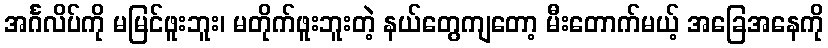
အင်္ဂလိပ်ကို မမြင်ဖူးဘူး၊ မတိုက်ဖူးဘူးတဲ့ နယ်တွေကျတော့ မီးတောက်မယ့် အခြေအနေကို